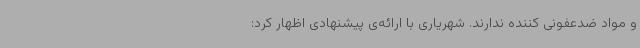
و مواد ضدعفونی کننده ندارند. شهریاری با ارائه‌ی پیشنهادی اظهار کرد: